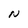
Character: N